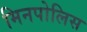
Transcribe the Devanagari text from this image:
मिनपोलिस